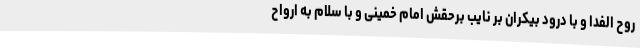
روح الفدا و با درود بیکران بر نایب برحقش امام خمینی و با سلام به ارواح